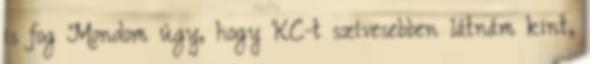
is fog Mondom úgy, hogy KC-t szívesebben látnám kint,